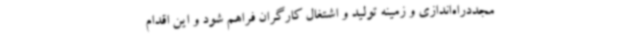
مجددراه‌اندازی و زمینه تولید و اشتغال کارگران فراهم شود و این اقدام